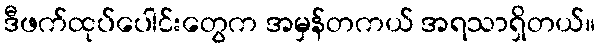
ဒီဖက်ထုပ်ပေါင်းတွေက အမှန်တကယ် အရသာရှိတယ်။